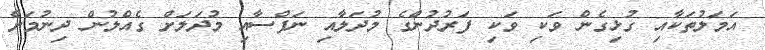
އަމަލުތަކާއި ގުޅިގެން ވަކި ވަކި ފަރުދުންގެ މުދަލާއި ނަފްސާއި މުދަލަށް ގެއްލުން ދިނުމަށް